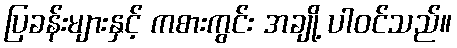
ပြခန်းများနှင့် ကစားကွင်း အချို့ ပါဝင်သည်။